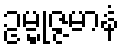
ဥမ္မုဇ္ဇမာနံ